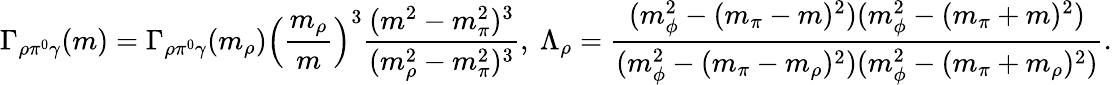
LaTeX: \Gamma_{\rho\pi^{0}\gamma}(m)=\Gamma_{\rho\pi^{0}\gamma}(m_{\rho})\left(\frac{m_{\rho}}{m}\right)^{3}\frac{(m^{2}-m_{\pi}^{2})^{3}}{(m_{\rho}^{2}-m_{\pi}^{2})^{3}},\ \Lambda_{\rho}=\frac{(m_{\phi}^{2}-(m_{\pi}-m)^{2})(m_{\phi}^{2}-(m_{\pi}+m)^{2})}{(m_{\phi}^{2}-(m_{\pi}-m_{\rho})^{2})(m_{\phi}^{2}-(m_{\pi}+m_{\rho})^{2})}.